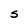
Character: S